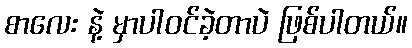
စာလေး နဲ့ မှာပါဝင်ခဲ့တာပဲ ဖြစ်ပါတယ်။